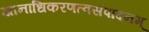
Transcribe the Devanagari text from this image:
ज्ञानाधिकरणत्वसंपादनम्